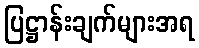
ပြဋ္ဌာန်းချက်များအရ